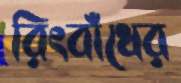
রিংবাঁধের